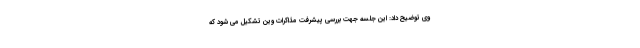
وی توضیح داد: این جلسه جهت بررسی پیشرفت مذاکرات وین تشکیل می شود که